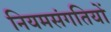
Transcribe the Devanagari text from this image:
नियमसंगतियों